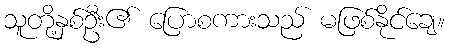
သူတို့နှစ်ဦး၏ ပြောစကားသည် မဖြစ်နိုင်ချေ။